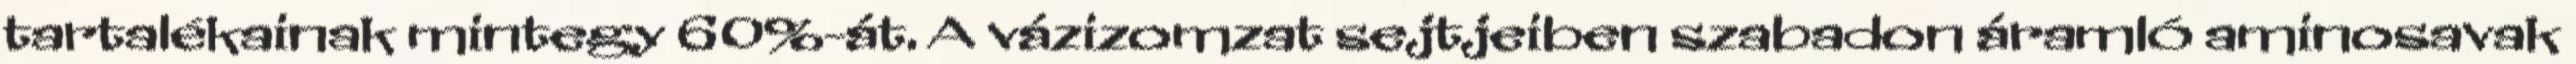
tartalékainak mintegy 60%-át. A vázizomzat sejtjeiben szabadon áramló aminosavak